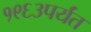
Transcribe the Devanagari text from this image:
१९६३पर्यंत